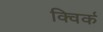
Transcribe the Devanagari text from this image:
क्विर्क